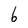
Character: 6